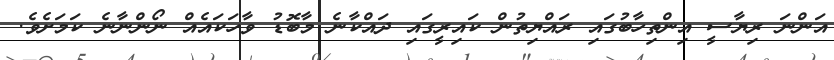
އަންނަ ރިޔާސީ އިންތިހާބުގައި ރައްޔިތުން ކައިރީގައި ދައްކާނެ މާބޮޑު ވާހަކައެއް ނޯންނާނެ ކަމަށެވެ.